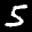
Label: 5